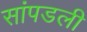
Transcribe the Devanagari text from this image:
सांपडली